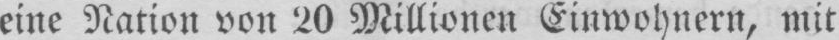
eine Nation von 20 Millionen Einwohnern, mit